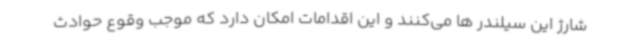
شارژ این سیلندر ها می‌کنند و این اقدامات امکان دارد که موجب وقوع حوادث